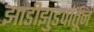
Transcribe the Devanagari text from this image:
झाडीझुडपांतून